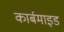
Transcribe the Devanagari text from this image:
कार्बमाइड